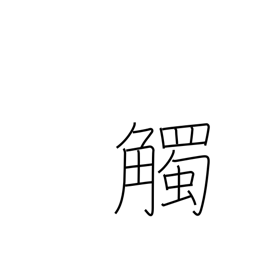
Meaning: conflict